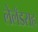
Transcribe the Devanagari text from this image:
लेलँडसह